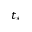
t _ { * }